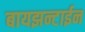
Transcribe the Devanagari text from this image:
बायझन्टाईन